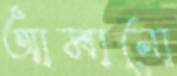
আমানো